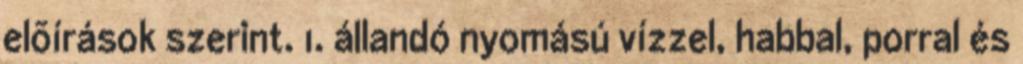
elõírások szerint. 1. állandó nyomású vízzel, habbal, porral és